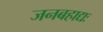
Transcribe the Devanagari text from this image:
जनबहाद्यः